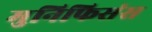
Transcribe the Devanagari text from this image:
मुनिफिसंस